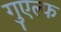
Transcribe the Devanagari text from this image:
गुएल्फ